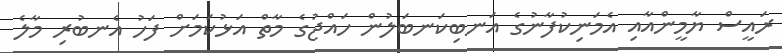
ރައީސް ޔާމީންއާއި އެމަނިކުފާނުގެ އަނބިކަނބަލުން ހައްޖުގެ މާތް އަޅުކަމަށް ފަހު އެނބުރި މާލެ